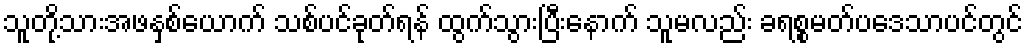
သူတို့သားအဖနှစ်ယောက် သစ်ပင်ခုတ်ရန် ထွက်သွားပြီးနောက် သူမလည်း ခရစ္စမတ်ပဒေသာပင်တွင်